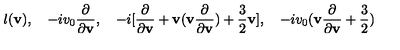
l ( { \bf v } ) , \quad - i v _ { 0 } \frac { \partial } { \partial { \bf v } } , \quad - i [ \frac { \partial } { \partial { \bf v } } + { \bf v } ( { \bf v } \frac { \partial } { \partial { \bf v } } ) + \frac { 3 } { 2 } { \bf v } ] , \quad - i v _ { 0 } ( { \bf v } \frac { \partial } { \partial { \bf v } } + \frac { 3 } { 2 } )